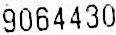
9064430